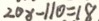
2 0 x - 1 1 0 = 1 8